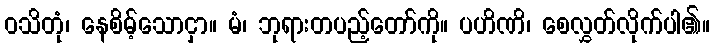
ဝသိတုံ၊ နေစိမ့်သောငှာ။ မံ၊ ဘုရားတပည့်တော်ကို။ ပဟိဏိ၊ စေလွှတ်လိုက်ပါ၏။